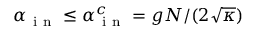
\alpha _ { \mathrm { ~ i ~ n ~ } } \leq \alpha _ { \mathrm { ~ i ~ n ~ } } ^ { c } = g N / ( 2 \sqrt { \kappa } )